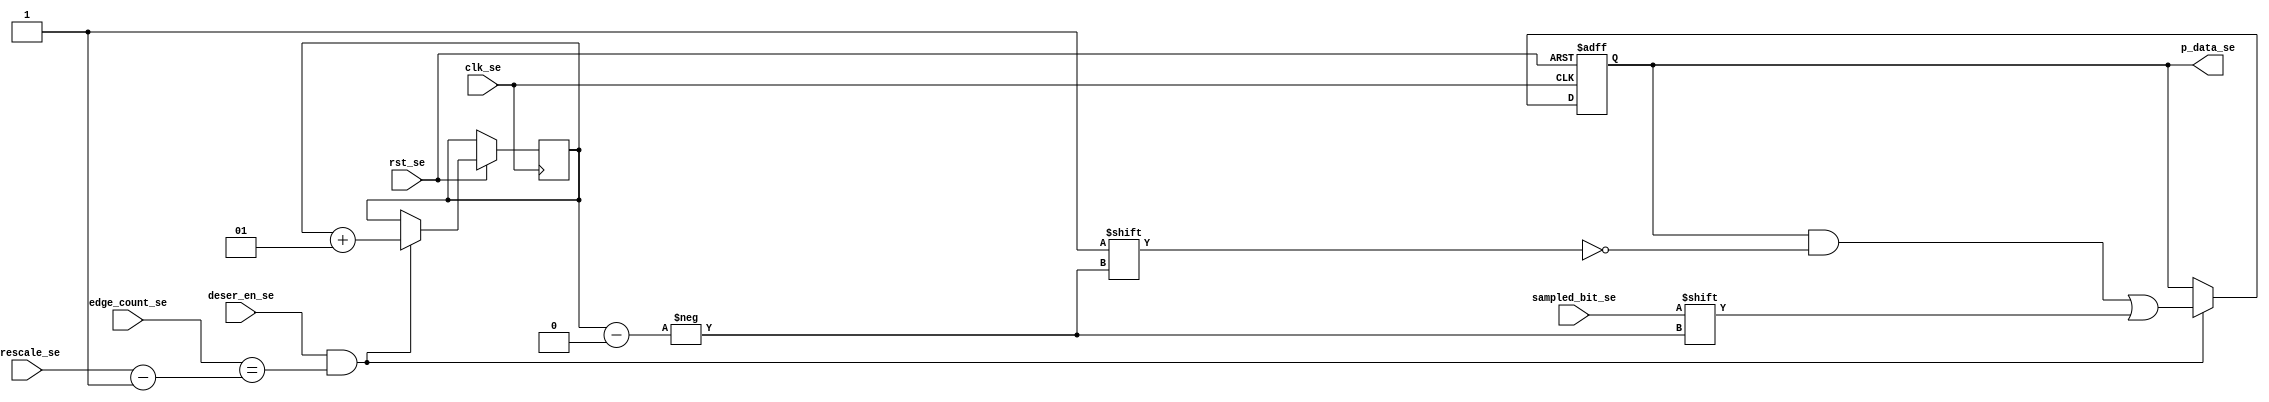
module deserializer  (

 input   wire               deser_en_se,
 input   wire               sampled_bit_se,
 input   wire   [3:0]       edge_count_se,
 input   wire               clk_se,
 input   wire               rst_se,
 input   wire    [4:0]       prescale_se,
 output  reg    [7:0]       p_data_se=0
);
integer i=0;


always@(posedge clk_se or negedge rst_se)
begin
  if(!rst_se)
    begin
     p_data_se<=0;
    end
  else
    begin
      //if deserializer is enabled and edge count 
      //reach each max value which indicate that new samples
      //bit is on wire now so take this value to the output port
  if(deser_en_se && edge_count_se==(prescale_se-5'b1))
    
    begin
      
     p_data_se[i]<=sampled_bit_se;
	i<=i+1;
    end
    end
end
endmodule